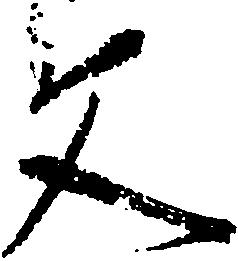
文